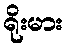
ရိုးမား